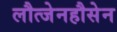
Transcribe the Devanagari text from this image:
लौत्जेनहौसेन